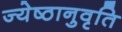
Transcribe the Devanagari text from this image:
ज्येष्ठानुवृति